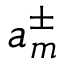
a _ { m } ^ { \pm }